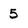
Character: 5